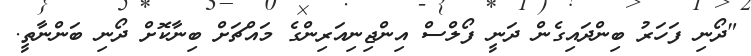
"ދޯނި ފަހަރު ބިންދައިގެން ދަނީ ފޯލްސް އިންޖިނިއަރިންގެ މައްޗަށް ބިނާކޮށް ދޯނި ބަންނާތީ.